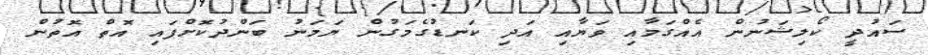
ސައުދީ ކޯލިޝަނުން އެއްގަމާއި ވަޔާއި އަދި ކަނޑުގެމަގުން ޔަމަނު ބަންދުކޮށްފައި އޮތް އޮތުން